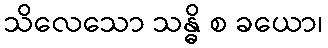
သိလေသော သန္ဓိ စ ခယော၊